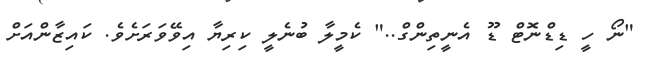
"ނޯ ހީ ޑިޑްނޮޓް ޑޫ އެނީތިންގް.." ކެމީލާ ބުނެލީ ކިރިޔާ އިވޭވަރަށެވެ. ކައިޒާންއަށް